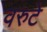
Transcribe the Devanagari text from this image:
वरुटे